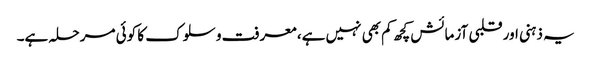
یہ ذہنی اور قلبی آزمائش کچھ کم بھی نہیں ہے، معرفت و سلوک کا کوئی مرحلہ ہے۔